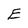
Character: E